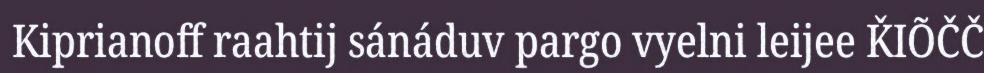
Kiprianoff raahtij sánáduv pargo vyelni leijee ǨIÕČČ